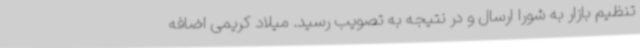
تنظیم بازار به شورا ارسال و در نتیجه به تصویب رسید. میلاد کریمی اضافه